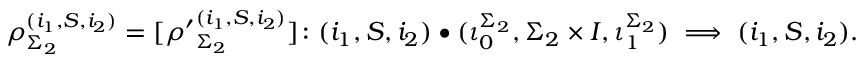
\boldsymbol { \rho } _ { \Sigma _ { 2 } } ^ { ( i _ { 1 } , S , i _ { 2 } ) } = [ \boldsymbol { \rho ^ { \prime } } _ { \Sigma _ { 2 } } ^ { ( i _ { 1 } , S , i _ { 2 } ) } ] \colon ( i _ { 1 } , S , i _ { 2 } ) \bullet ( \iota _ { 0 } ^ { \Sigma _ { 2 } } , \Sigma _ { 2 } \times I , \iota _ { 1 } ^ { \Sigma _ { 2 } } ) \implies ( i _ { 1 } , S , i _ { 2 } ) .